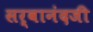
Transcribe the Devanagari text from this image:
सर्वानंदजी